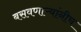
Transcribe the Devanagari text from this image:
बसवणाऱ्यांनीच